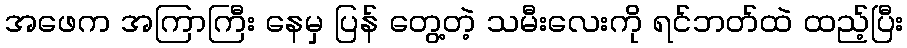
အဖေက အကြာကြီး နေမှ ပြန် တွေ့တဲ့ သမီးလေးကို ရင်ဘတ်ထဲ ထည့်ပြီး